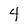
Character: 4